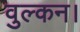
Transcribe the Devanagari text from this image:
वुल्कन।